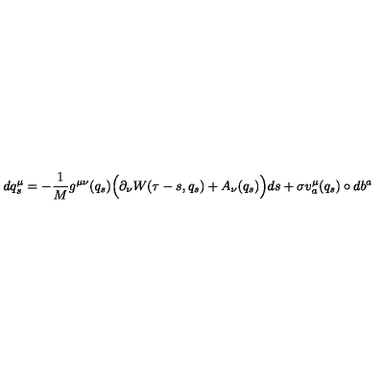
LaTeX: d q _ { s } ^ { \mu } = - \frac { 1 } { M } g ^ { \mu \nu } ( q _ { s } ) \Big ( \partial _ { \nu } W ( \tau - s , q _ { s } ) + A _ { \nu } ( q _ { s } ) \Big ) d s + \sigma v _ { a } ^ { \mu } ( q _ { s } ) \circ d b ^ { a }